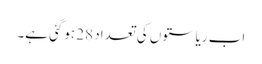
اب ریاستوں کی تعداد 28 ہوگئی ہے۔